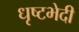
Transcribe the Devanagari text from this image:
धृष्टभेदी